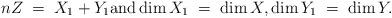
LaTeX: \begin{align*} nZ \;=\; X_1 + Y_1 \textnormal{and} \dim X_1 \;=\; \dim X, \dim Y_1 \;=\; \dim Y.\end{align*}